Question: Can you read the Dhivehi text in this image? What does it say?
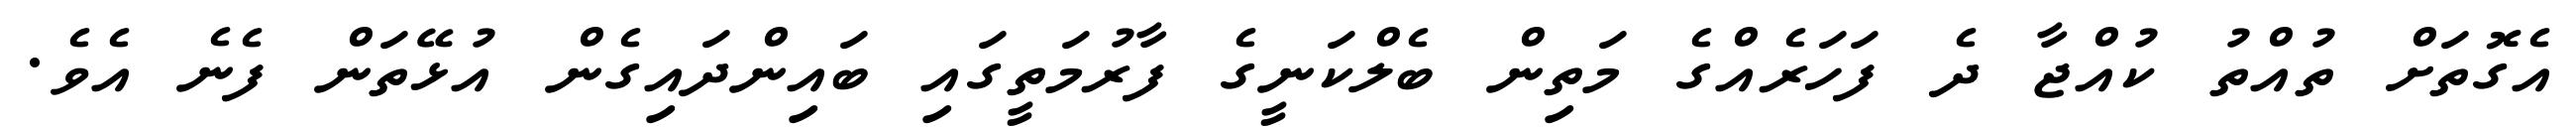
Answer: އެގޮތަށް ތުއްތު ކުއްޖާ ދެ ފަހަރެއްގެ މަތިން ބެލްކަނީގެ ފާރުމަތީގައި ބައިންދައިގެން އުޅޭތަން ފެނެ އެވެ.